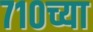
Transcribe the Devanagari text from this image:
७१०च्या